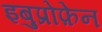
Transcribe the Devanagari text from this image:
इबुप्रोफ़ेन